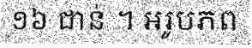
១៦ ជាន់ ។ អរូបភព